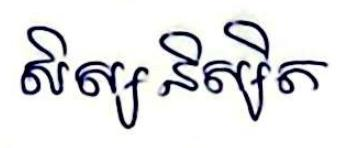
សិស្សនិស្សិត